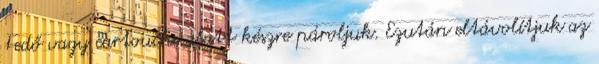
Fedő vagy cartouche alatt készre pároljuk. Ezután eltávolítjuk az